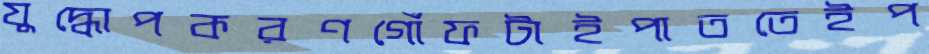
যুদ্ধোপকরণগোঁফটাইপাততেইপ